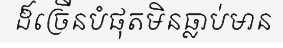
ដ៏ច្រើនបំផុតមិនធ្លាប់មាន